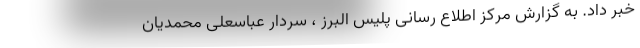
خبر داد. به گزارش مرکز اطلاع رسانی پلیس البرز ، سردار عباسعلی محمدیان